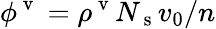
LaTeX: \phi^{\mathrm{~v~}}=\rho^{\mathrm{~v~}}N_{\mathrm{~s~}}v_{0}/n